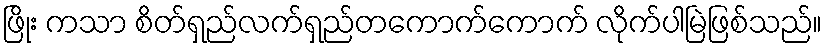
ဖြိုး ကသာ စိတ်ရှည်လက်ရှည်တကောက်ကောက် လိုက်ပါမြဲဖြစ်သည်။